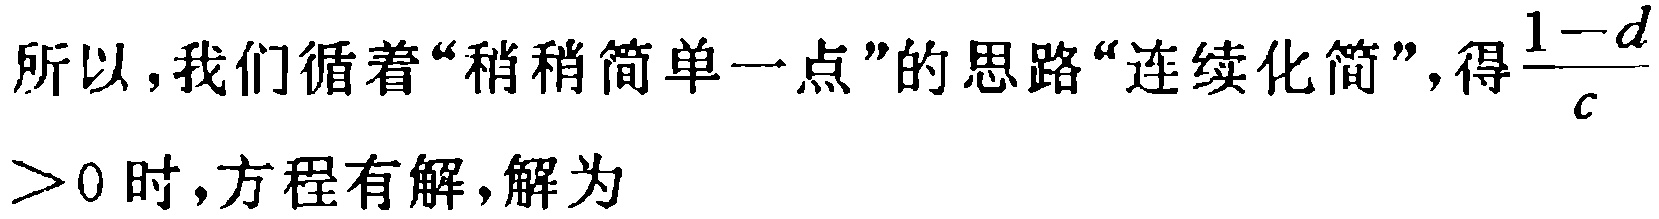
所以，我们循着“稍稍简单一点”的思路“连续化简”，得$\frac{1 - d}{c} > 0$时，方程有解，解为